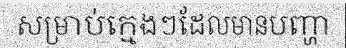
សម្រាប់ក្មេងៗដែលមានបញ្ហា